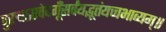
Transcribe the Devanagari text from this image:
पुरुषऽएवेदगूँसर्वंयद्भूतंयच्चभाव्यम्॥